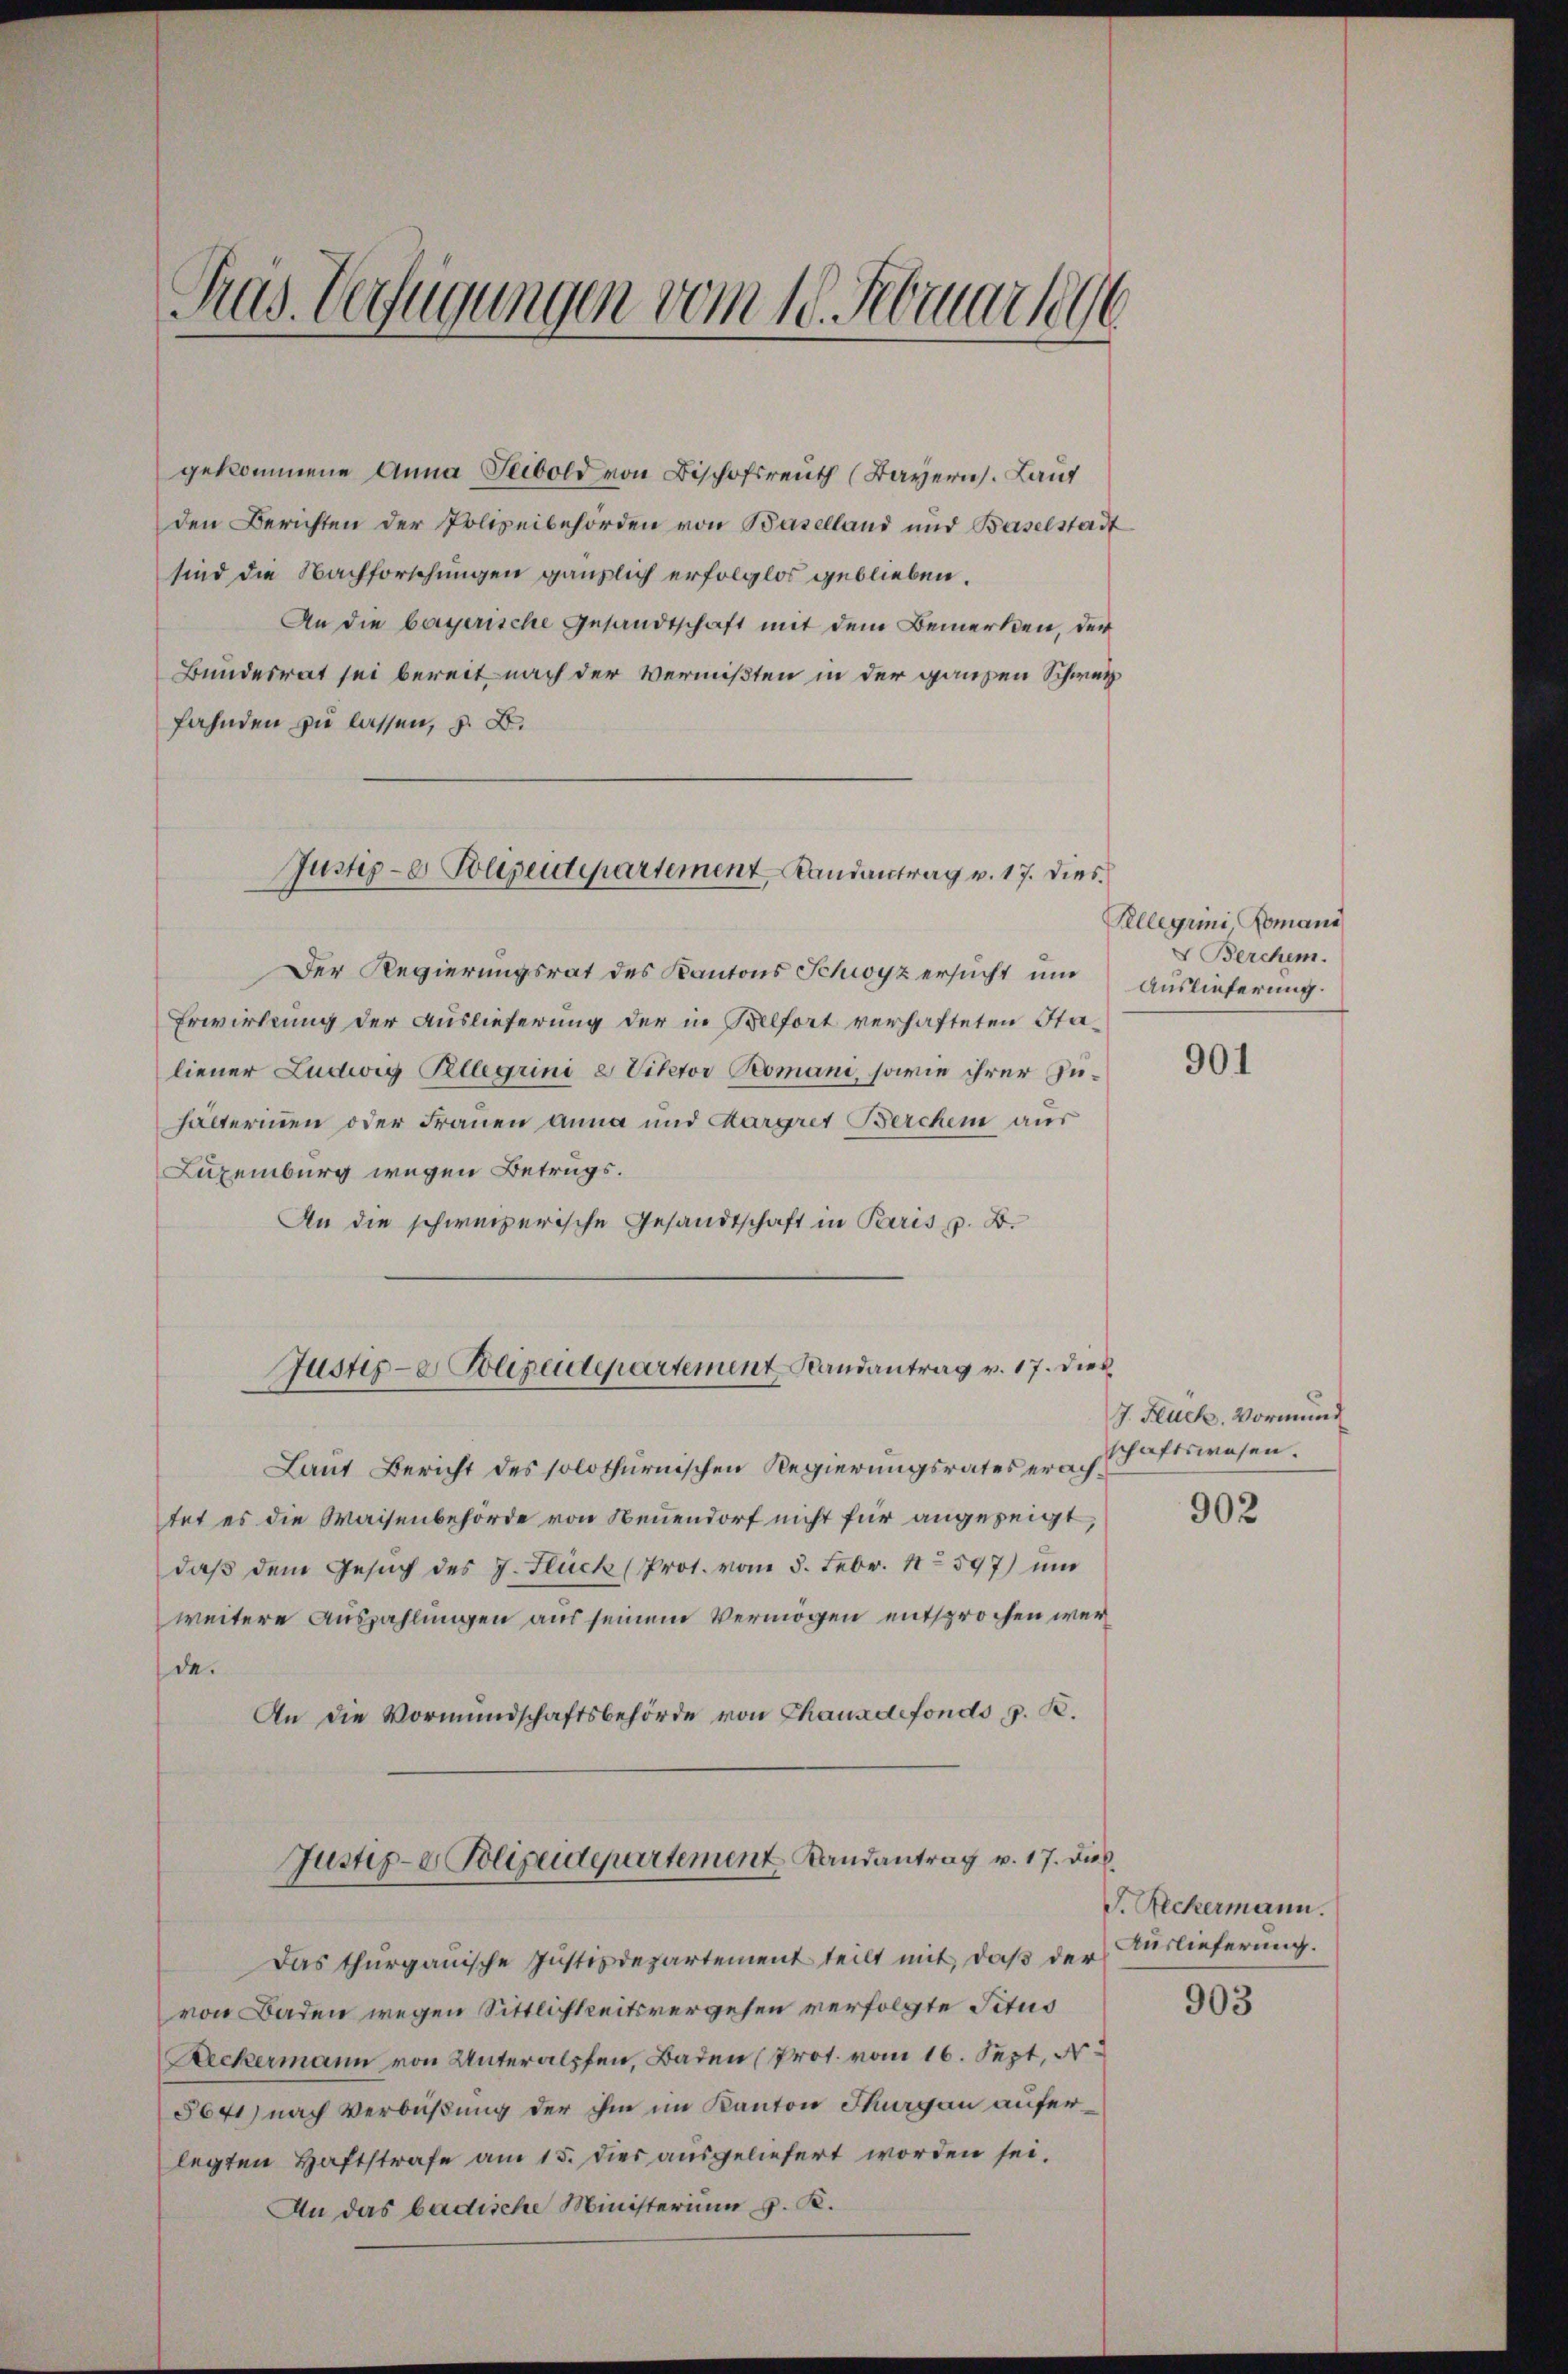
Gras Verfügungen vom 10. Februar 1896

fahnden zu lassen, z. B.

gekommene Anna Teibold von Bischofsreuth (Bayern. Lauf
den Berichten der Polizeibehörden von Baselland und Baselstadt
sind die Nachforschungen gänzlich erfolglos geblieben.
An die bayerische Gesandtschaft mit dem Bemerken, der
Bundesrat sei bereit nach der Vermißten in der ganzen Schweiz

Der Regierungsrat des Kantons Schwyz ersucht und
Erwirkung der Auslieferung der in Belfort verhafteten Staliener Ludwig Pellerini e Viktor Romani, sowie ihrer Zuhälterinen oder Frauen anna und Aargret Berchen aus
Luxenburg wegen Betrugs.
An die schweizerische Gesandtschaft in Paris p. B.
Laut Bericht des solothurnischen Regierungsrates erach schaftswesen.
tet es die Waisenbehörde von Neuendorf nicht für angezeigt,
daß dem Gesuch des J. Flück (Prot. vom 5. Febr. 18597) und
weitere Auszahlungen aus seinem Vermögen entsprochen werde.
An die Vormundschaftsbehörde von Chauxdefonds, z. B.
Justiz- & Polizeidepartement Landantrag v. 17. Die
Das thurgauische Justizdepartement teilt mit, daß der Auslieferung.
von Baden wegen Sittlichkeitsvergesen verfolgte Titus
Reckermann von Unteralpfen, Baden (Prot. vom 16. Sept. d.
5641) nach Verbüßung der ihm im Kanton Thurgau auferlegten Haftstrafe am 15. dies ausgeliefert worden sei.
An das badische Ministerium d. K.

Justiz- & Polizeidepartement Randantrag v. 17. Dies

Justiz- & Polizeidepartement Randantrag v. 17. dies

Pllégrini, Domani
 Berchen.
Auslieferung.

901

J. Flück. Vormund

902

S. Reckermann.

903